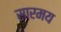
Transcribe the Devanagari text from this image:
सारमय